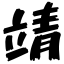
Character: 靖